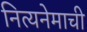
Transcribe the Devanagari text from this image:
नित्यनेमाची